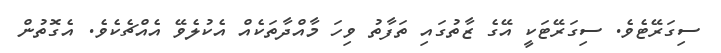
ސިގަރޭޓެވެ. ސިގަރޭޓަކީ އޭގެ ޒާތުގައި ތަފާތު ވިހަ މާއްދާތަކެއް އެކުލެވޭ އެއްޗެކެވެ. އެގޮތުން